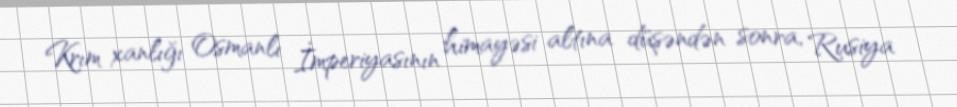
Krım xanlığı Osmanlı İmperiyasının himayəsi altına düşəndən sonra, Rusiya